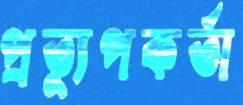
প্রত্যুপকর্তা